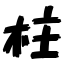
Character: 柱